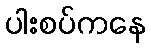
ပါးစပ်ကနေ